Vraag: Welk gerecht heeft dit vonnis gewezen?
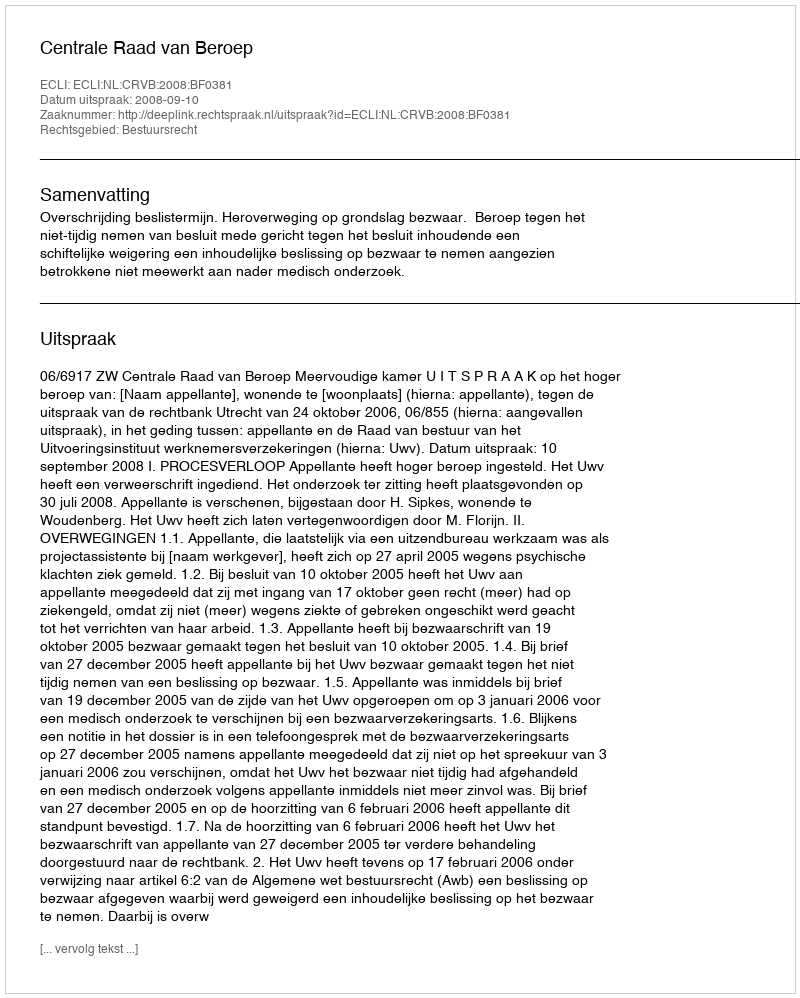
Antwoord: Centrale Raad van Beroep